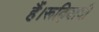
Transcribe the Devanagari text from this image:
हैं।रूढ़िवादी